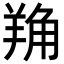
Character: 𦎈